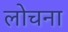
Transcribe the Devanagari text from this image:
लोचना